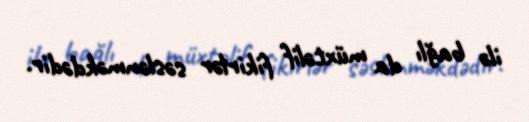
ilə bağlı da müxtəlif fikirlər səslənməkdədir.